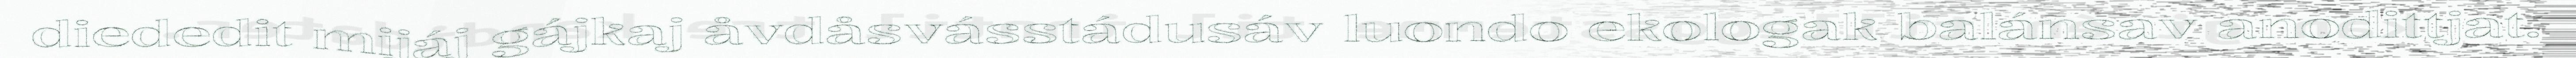
diededit mijáj gájkaj åvdåsvásstádusáv luondo ekologak balánsav anodittjat.